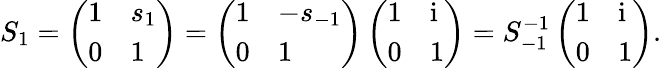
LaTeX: S_{1}=\left(\begin{array}{ll}{1}&{s_{1}}\\ {0}&{1}\end{array}\right)=\left(\begin{array}{ll}{1}&{-s_{-1}}\\ {0}&{1}\end{array}\right)\left(\begin{array}{ll}{1}&{\mathrm{i}}\\ {0}&{1}\end{array}\right)=S_{-1}^{-1}\left(\begin{array}{ll}{1}&{\mathrm{i}}\\ {0}&{1}\end{array}\right).